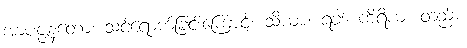
အာပဇ္ဇနတော၊ သင့်ရောက်ခြင်းကြောင့်။ သိယာ၊ ရံခါ။ ကိရိယံ၊ တည်း။